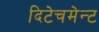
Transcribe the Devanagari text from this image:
दिटेचमेन्ट